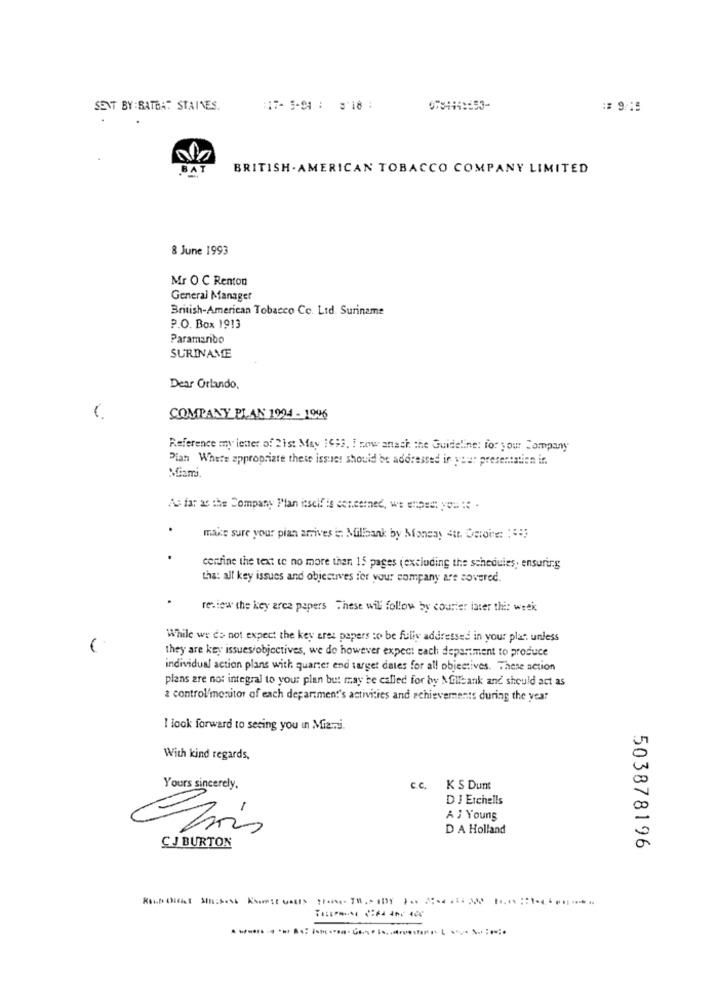
SENT BY : SATBA: STAINES.
:17- 5-94 : 3'18 :
078444:553-
== 9/15
BRITISH . AMERICAN TOBACCO COMPANY LIMITED
8 June 1993
Mr O ℃ Renton
General Manager
British-American Tobacco Ce. Lid. Suriname
P.O. Box 1913
Paramaribo
SURINAME
Dear Orlando.
COMPANY PLAN 1994 - 1996
Reference my letter of 2ist May 1993, I now anach the Guideline: for your Company
Pian Where appropriate these issues should be addressed in your presentation in.
As far as the Company Plan itself is concerned, we expect you : .
make sure your pian arrives in Millaank by Monday sur. Detoire: : ::
confine the text te no more than 15 pages (excluding the schedules, ensuring
tha: all key issues and objectives for your company are covered.
review the key area papers These will follow by courier later thi: week
While we do not expect the key eres papers to be fully addressed in your plat unless
they are key issues/objectives, we do however expect each department to produce
individual action plans with quarter end target dates for all objectives. These action
plans are not integral to your plan but may be called for by Mollbank and should act as
2 control/monitor of each department's activities and achievements during the year
I look forward to seeing you in Miami.
With kind regards,
Yours sincerely.
c.c. K S Dunt
DJ Etchells
-
A J Young
D A Holland
CJ BURTON
503878196